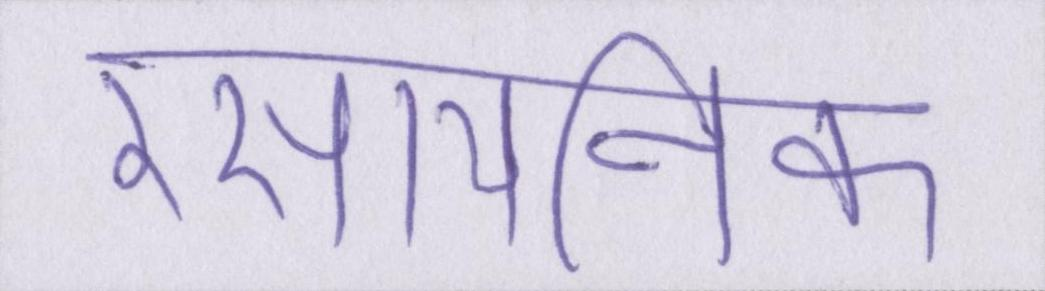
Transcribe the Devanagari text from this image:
रसायनिक